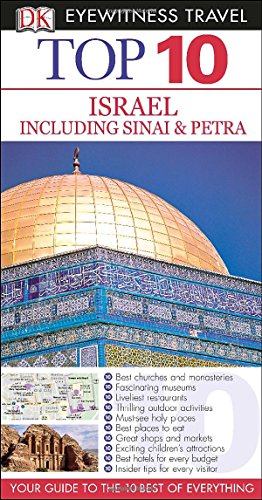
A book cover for Top 10 Israel, Sinai, and Petra (Eyewitness Top 10 Travel Guide); DK Publishing; Travel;